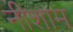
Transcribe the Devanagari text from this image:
नीशाम